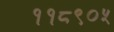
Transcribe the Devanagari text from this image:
११८९०५